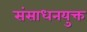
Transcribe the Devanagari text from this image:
संसाधनयुक्त